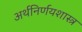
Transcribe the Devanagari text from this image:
अर्थनिर्णयशास्त्र